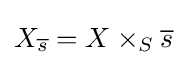
X_{\overline {s}}=X\times _{S}{\overline {s}}